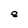
Character: 8